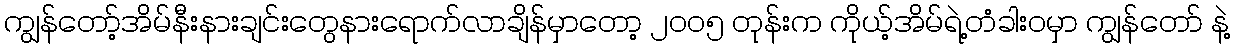
ကျွန်တော့်အိမ်နီးနားချင်းတွေနားရောက်လာချိန်မှာတော့ ၂၀ဝ၅ တုန်းက ကိုယ့်အိမ်ရဲ့တံခါးဝမှာ ကျွန်တော် နဲ့